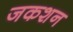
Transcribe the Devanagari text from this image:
जकशन